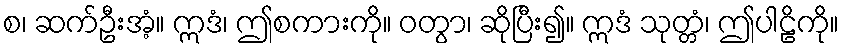
စ၊ ဆက်ဦးအံ့။ ဣဒံ၊ ဤစကားကို။ ဝတွာ၊ ဆိုပြီး၍။ ဣဒံ သုတ္တံ၊ ဤပါဠိကို။